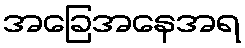
အခြေအနေအရ